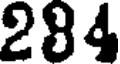
284